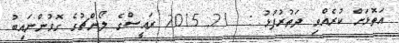
އަތޮޅަށް ކުރެއްވި ދަތުރުފުޅު :  21